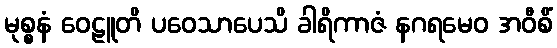
မုစ္စနံ ဝေဠူတိ ပဝေသာပေသိ ခါရိကာဇံ နဂရမေဝ အဝီစိံ